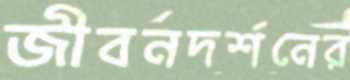
জীবনদর্শনের